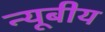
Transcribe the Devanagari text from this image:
न्यूबीय